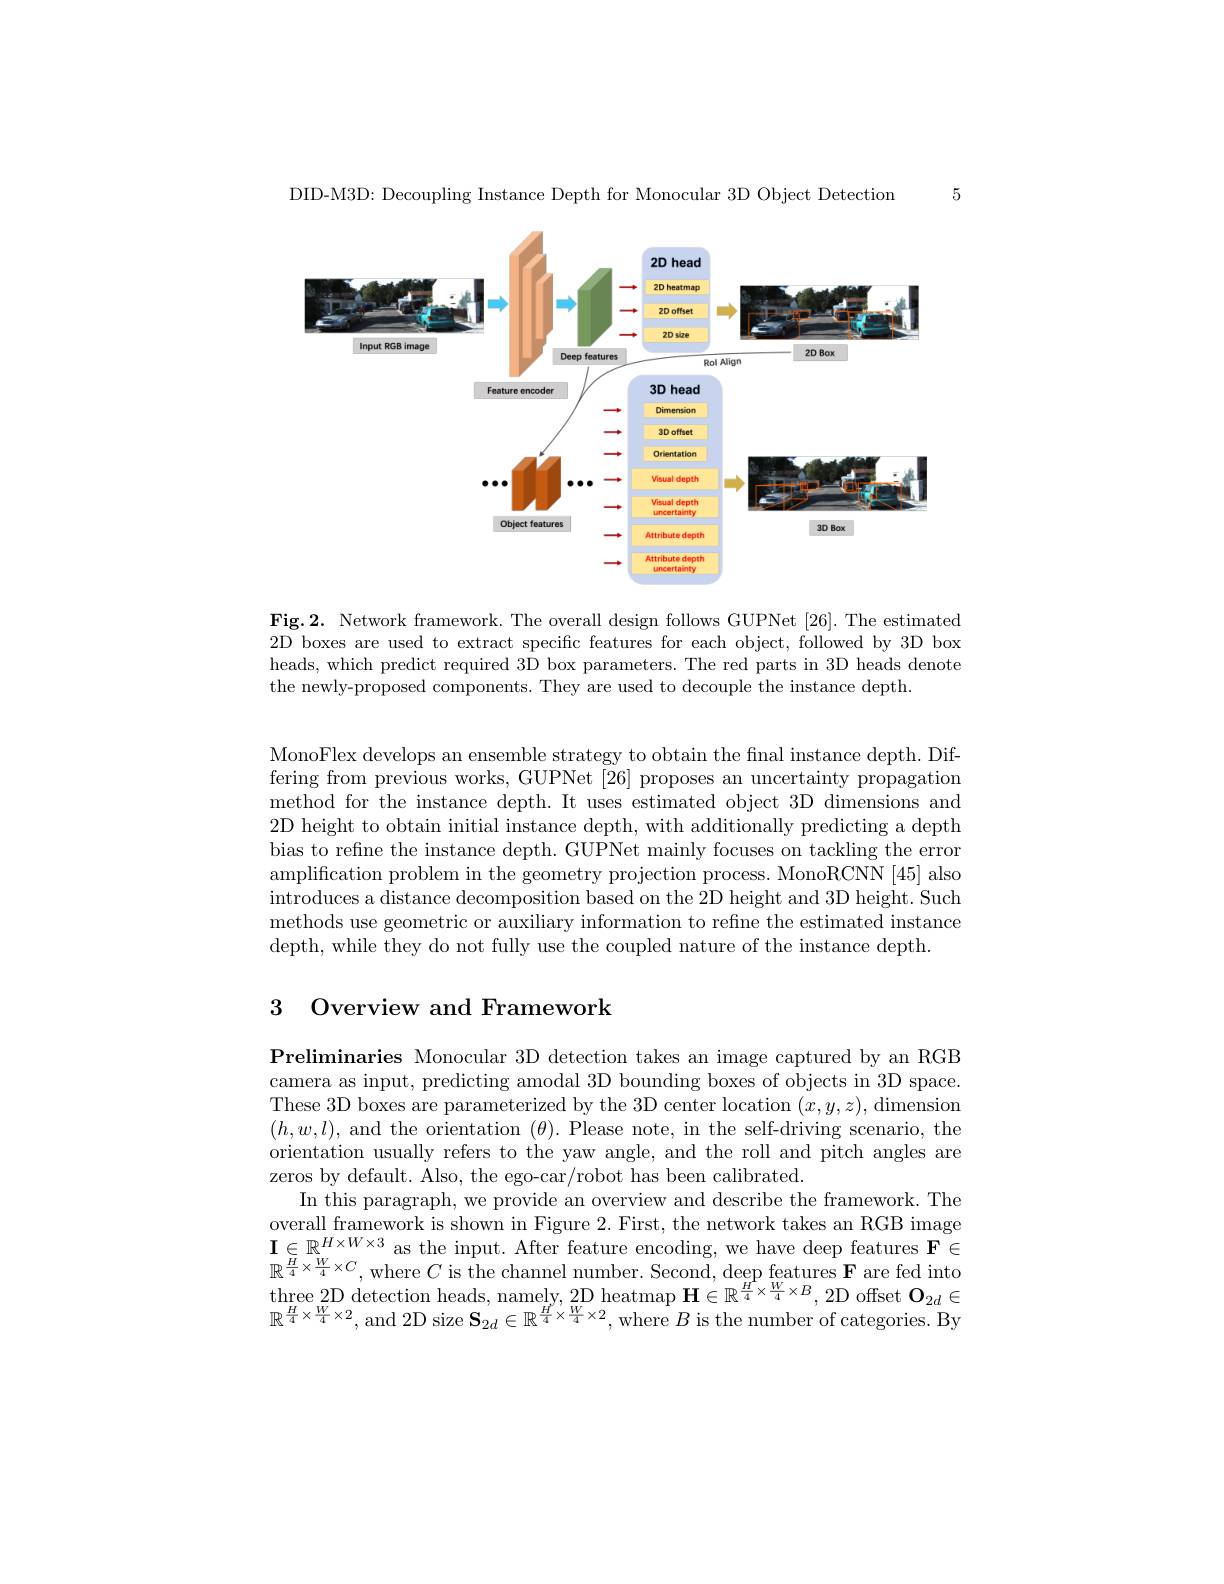
5

DID-M3D: Decoupling Instance Depth for Monocular 3D Object Detection

<FigureHere>

Fig.2. Network framework. The overall design follows GUPNet [26]. The estimated 2D boxes are used to extract specific features for each object, followed by 3D box heads, which predict required 3D box parameters. The red parts in 3D heads denote the newly-proposed components. They are used to decouple the instance depth.

MonoFlex develops an ensemble strategy to obtain the fnal instance depth. Differing from previous works, GUPNet [26] proposes an uncertainty propagation method for the instance depth. It uses estimated object 3D dimensions and 2D height to obtain initial instance depth, with additionally predicting a depth bias to refne the instance depth. GUPNet mainly focuses on tackling the error amplification problem in the geometry projection process. MonoRCNN [45] also introduces a distance decomposition based on the 2D height and 3D height. Such methods use geometric or auxiliary information to refine the estimated instance depth, while they do not fully use the coupled nature of the instance depth.

# 3 Overview and Framework

Preliminaries Monocular 3D detection takes an image captured by an RGB camera as input, predicting amodal 3D bounding boxes of objects in 3D space. These 3D boxes are parameterized by the 3D center location $(x,y,z)$,dimension $(h,w,l)$, and the orientation $(\theta).$ Please note, in the self-driving scenario, the orientation usually refers to the yaw angle, and the roll and pitch angles are zeros by default. Also, the ego-car/robot has been calibrated.
In this paragraph, we provide an overview and describe the framework. The overall framework is shown in Figure 2. First, the network takes an RGB image $\mathbf{I}\in\mathbb{R}^{H\times W\times3}$ as the input. After feature encoding, we have deep features F$\in$ $\mathbb{R}^{\frac{H}{4}\times\frac{W}{4}\times C}$, where $C$ is the channel number. Second, deep features F are fed into $\operatorname*{three}_{H_{W}}2$D detection heads, namely, 2D heatmap $\mathbf{H}\in\mathbb{R}^\frac H4\times\frac W4\times B$, 2D offset $\mathbf{O}_{2d}\in$ $\mathbb{R}^{\frac H4\times\frac W4\times2}$, and 2D size $\mathbf{S}_2d\in\mathbb{R}^{\frac H4\times\frac W4\times2}$, where $B$ is the number of categories. By